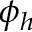
\phi _ { h }